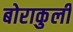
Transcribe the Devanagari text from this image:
बोराकुली